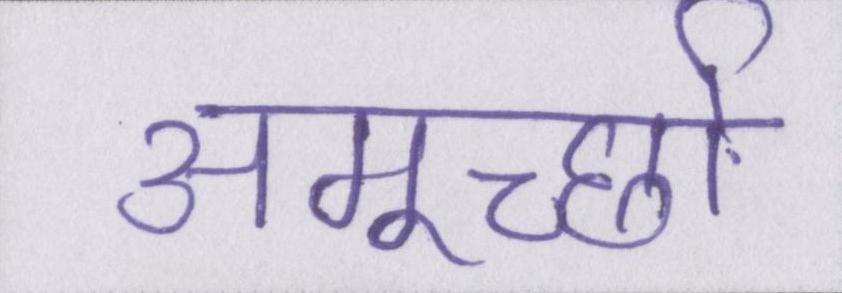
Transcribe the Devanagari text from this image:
अमूर्च्छा